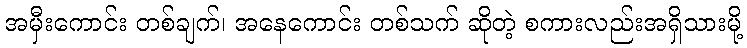
အမှီးကောင်း တစ်ချက်၊ အနေကောင်း တစ်သက် ဆိုတဲ့ စကားလည်းအရှိသားမို့